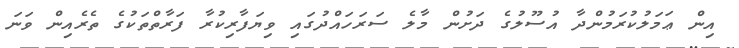
އިން ޢަމަލުކުރަމުންދާ އުސޫލުގެ ދަށުން މާލެ ސަރަހައްދުގައި ވިޔަފާރިކުރާ ފަރާތްތަކުގެ ތެރެއިން ވަނަ